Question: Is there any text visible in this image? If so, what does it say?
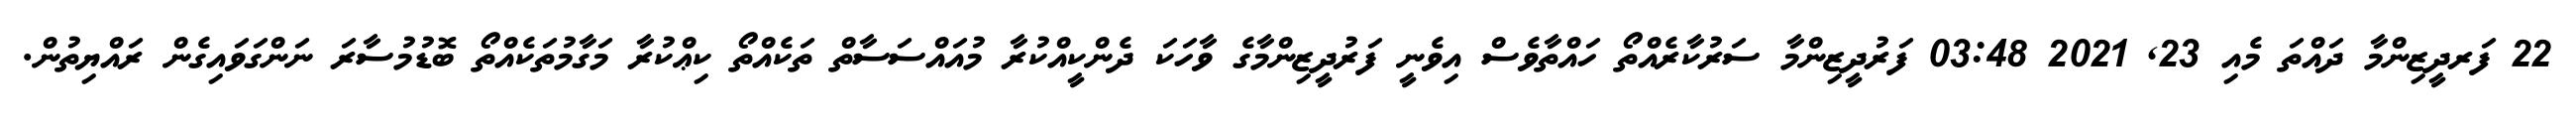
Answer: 22 ފަރދީޒިންމާ ދައްތަ މެއި 23, 2021 03:48 ފަރުދީޒިންމާ ސަރުކާރެއްތޯ ހައްތާވެސް އިވެނީ ފަރުދީޒިންމާގެ ވާހަކަ ދެންކީއްކުރާ މުއައްސަސާތް ތަކެއްތޯ ކިޢްކުރާ މަގާމުތަކެއްތޯ ބޮޑުމުސާރަ ނަންގަވައިގެން ރައްޔިތުން.